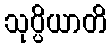
သုပ္ပိယာတိ